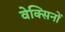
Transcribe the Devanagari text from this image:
वेक्सिनों